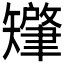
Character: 𬑷